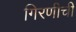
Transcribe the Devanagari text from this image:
गिरणीची